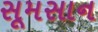
સૂમસાન